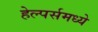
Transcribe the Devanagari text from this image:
हेल्पर्समध्ये